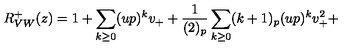
R _ { V W } ^ { + } ( z ) = 1 + \sum _ { k \geq 0 } ( u p ) ^ { k } v _ { + } + \frac { 1 } { ( 2 ) _ { p } } \sum _ { k \geq 0 } ( k + 1 ) _ { p } ( u p ) ^ { k } v _ { + } ^ { 2 } +